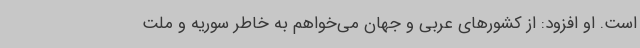
است. او افزود: از کشورهای عربی و جهان می‌خواهم به خاطر سوریه و ملت